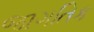
જાગતિક